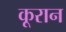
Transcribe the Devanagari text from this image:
कूरान